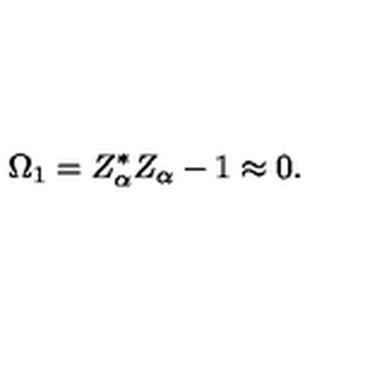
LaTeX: \Omega _ { 1 } = Z _ { \alpha } ^ { * } Z _ { \alpha } - 1 \approx 0 .